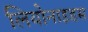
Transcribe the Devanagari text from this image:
लियोनाइडस